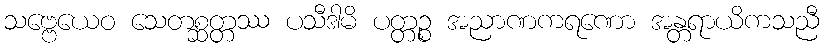
သဗ္ဗေယေဝ သေတစ္ဆတ္တဿ ပသီဒါမိ ပတ္တဉ္စ အညာဏကရဏော အန္တရာယိကသညီ